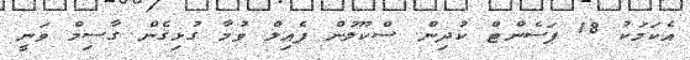
އެކަމަކު 18 ޕަސެންޓް ކުދިން ސްކޫލުން ފެއިލް ވުމާ ގުޅިގެން ގާސިމް ވަނީ